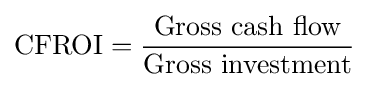
{\text{CFROI}}={\frac {\text{Gross cash flow}}{\text{Gross investment}}}